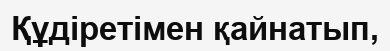
Құдіретімен қайнатып,